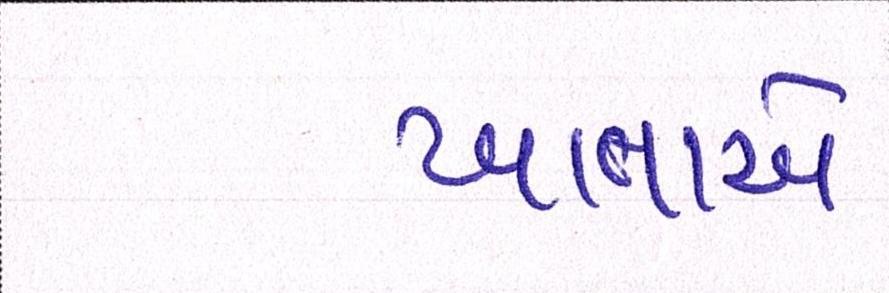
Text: ખાતાએ